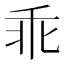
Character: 乖